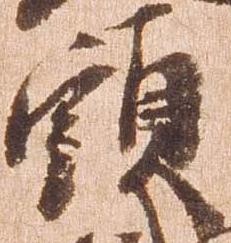
頭